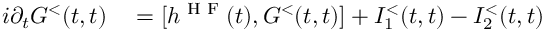
\begin{array} { r l } { i \partial _ { t } G ^ { < } ( t , t ) } & { { } = [ h ^ { \textrm { H F } } ( t ) , G ^ { < } ( t , t ) ] + I _ { 1 } ^ { < } ( t , t ) - I _ { 2 } ^ { < } ( t , t ) } \end{array}